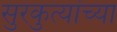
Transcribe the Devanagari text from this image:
सुरकुत्यांच्या